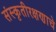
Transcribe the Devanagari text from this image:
संस्कृतीरक्षणाचे